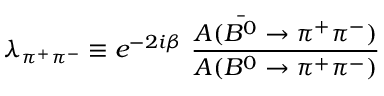
\lambda _ { \pi ^ { + } \pi ^ { - } } \equiv e ^ { - 2 i \beta } ~ \frac { A ( \bar { B ^ { 0 } } \to \pi ^ { + } \pi ^ { - } ) } { A ( B ^ { 0 } \to \pi ^ { + } \pi ^ { - } ) }